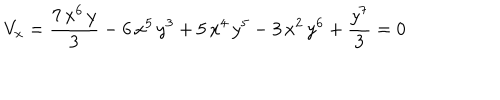
V _ { x } = { \frac { 7 \, { x ^ { 6 } } \, y } { 3 } } - 6 \, { x ^ { 5 } } \, { y ^ { 3 } } + 5 \, { x ^ { 4 } } \, { y ^ { 5 } } - 3 \, { x ^ { 2 } } \, { y ^ { 6 } } + { \frac { { y ^ { 7 } } } { 3 } } = 0